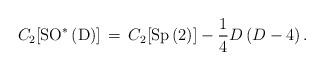
LaTeX: \begin{align*}C_{2}[\mathrm{SO^{\ast }\left( D\right) }]\,=\,C_{2}[\mathrm{Sp\left(2\right) }]-\frac{1}{4}D\left( D-4\right) . \end{align*}